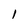
Character: 1